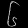
Digit: ၆